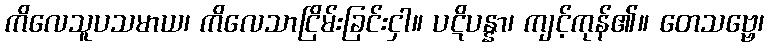
ကိလေသူပသမာယ၊ ကိလေသာငြိမ်းခြင်းငှါ။ ပဋိပန္နာ၊ ကျင့်ကုန်၏။ တေသဗ္ဗေ၊